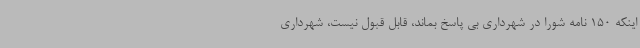
اینکه 150 نامه شورا در شهرداری بی پاسخ بماند، قابل قبول نیست، شهرداری